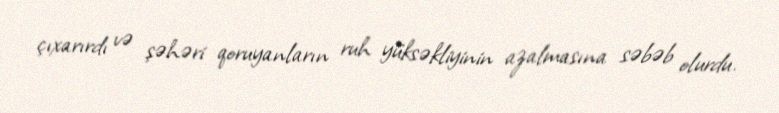
çıxarırdı və şəhəri qoruyanların ruh yüksəkliyinin azalmasına səbəb olurdu.